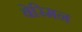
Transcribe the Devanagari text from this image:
बेरिमन